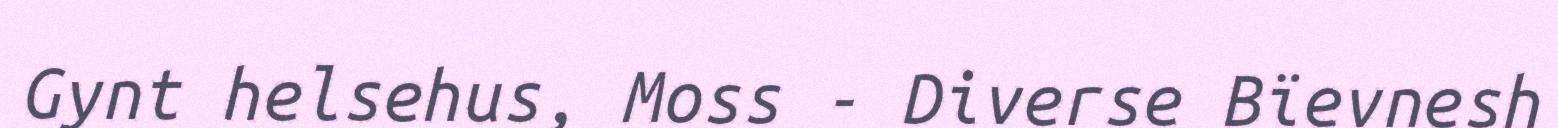
Gynt helsehus, Moss - Diverse Bïevnesh